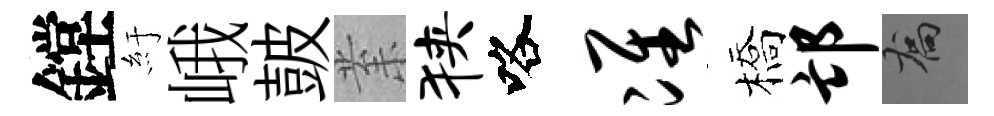
鏜紆峨皷𭪙狭咯准橋邙喬